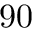
9 0